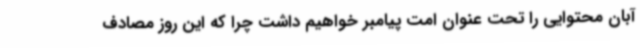
آبان محتوایی را تحت عنوان امت پیامبر خواهیم داشت چرا که این روز مصادف